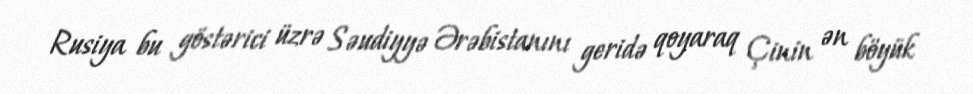
Rusiya bu göstərici üzrə Səudiyyə Ərəbistanını geridə qoyaraq Çinin ən böyük